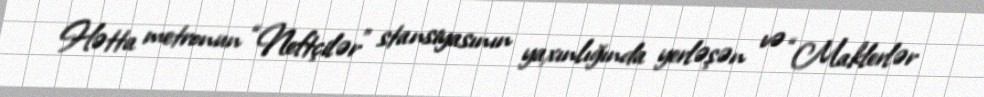
Hətta metronun “Neftçilər” stansiyasının yaxınlığında yerləşən və “Maklerlər